Annual report of the Punjab Veterinary College and of the Civil Veterinary Department, Punjab - 1894-1908
Year: 1894
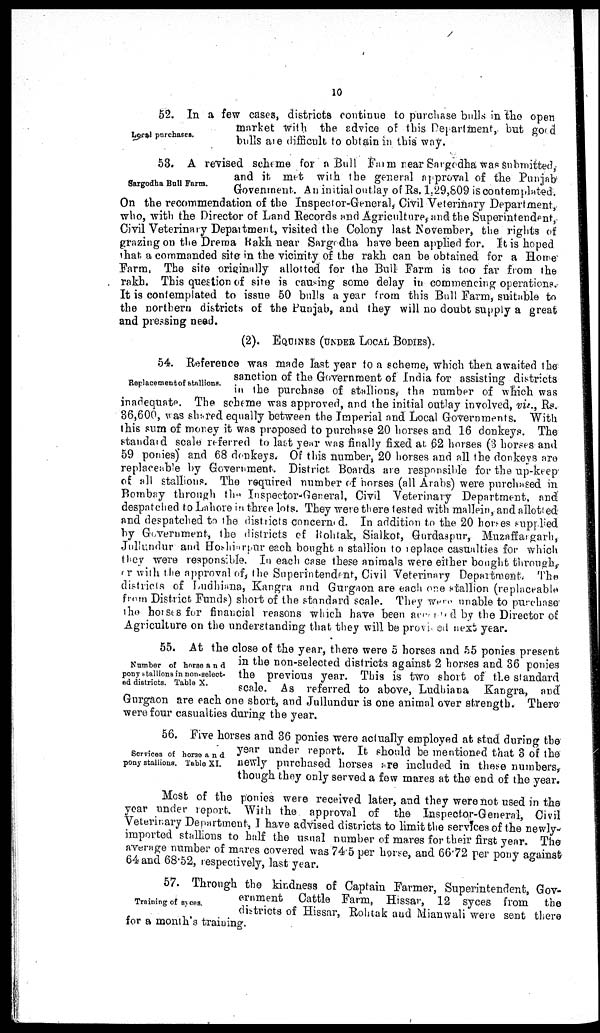
10
Local purchases.
52. In a few cases, districts continue to purchase bulls in the open
market with the advice of this Department, but good
bulls are difficult to obtain in this way.
Sargodha Ball Farm.
53. A revised scheme for a Bull Farm near Sargodha was submitted,
and it- met with the general approval of the Punjab
Govenment. An initial outlay of Rs. 1,29,809 is contemplated.
On the recommendation of the Inspector-General, Civil Veterinary Department,
who, with the Director of Land Records and Agriculture, and the Superintendent,
Civil Veterinary Department, visited the Colony last November, the rights of
grazing on the Drema Bakh near Sargedba have been applied for. It is hoped
that a commanded site in the vicinity of the rakh can be obtained for a Home
Farm, The site originally allotted for the Bull Farm is too far from the
rakh. This question of site is causing some delay in commencing operations.
It is contemplated to issue 50 bulls a year from this Bull Farm, suitable to
the northern districts of the Punjab, and they will no doubt supply a great
and pressing need.
(2). EQUINES (UNDER LOCAL BODIES).
Replacement of stallions.
54. Reference was made last year to a scheme, which then awaited the
sanction of the Government of India for assisting districts
in the purchase of stallions, the number of which was
inadequate. The scheme was approved, and the initial outlay involved, viz., Rs.
36,600, was shared equally between the Imperial and Local Governments. With
this sum of money it was proposed to purchase 20 horses and 16 donkeys. The
standard scale referred to last year was finally fixed at 62 horses (3 horses and
59 ponies) and 68 donkeys. Of this number, 20 horses and all the donkeys are
replaceable by Government. District Boards are responsible for the up-keep-
of all stallions. The required number of horses (all Arabs) were purchased in
Bombay through the Inspector-General, Civil Veterinary Department, and
despatched to Lahore in three lots. They were there tested with mallein, and allotted
and despatched to the districts concerned. In addition to the 20 horses supplied
by Government, the districts of Rohtak, Sialkot, Gurdaspur, Muzaffargarh,
Jullundur and Hoshirpur each bought a stallion to replace casualties for which
they were responsible. In each case these animals were either bought through.
or with the approval of, the Superintendent, Civil Veterinary Department. The
districts of Ludhiana, Kangra and Gurgaon are each one stallion (replaceable
from District Funds) short of the standard scale. They were unable to purchase
the horses for financial reasons which have been accupied by the Director of
Agriculture on the understanding that they will be provined next year.
Number of horse and
pony stallions in non-select-
ed districts. Table X.
55. At the close of the year, there were 5 horses and 55 ponies present
in the non-selected districts against 2 horses and 36 ponies
the previous year. This is two short of the standard
scale. As referred to above, Ludhiana Kangra, and
Gurgaon are each one short, and Jullundur is one animal over strength. There-
were four casualties during the year.
Services of borse and
pony stallions. Table XI.
56. Five horses and 36 ponies were actually employed at stud during the
year under report. It should be mentioned that 3 of the
newly purchased horses are included in these numbers,
though they only served a few mares at the end of the year.
Most of the ponies were received later, and they were not used in the
year under report. With the. approval of the Inspector-General, Civil
Veterinary Department, I have advised districts to limit the services of the newly-
imported stallions to half the usual number of mares for their first year. The
average number of mares covered was 74.5 per horse, and 66.72 per pony against
64 and 68.52, respectively, last year.
Training of syces.
57. Through the kindness of Captain Farmer, Superintendent, Gov-
ernment Cattle Farm, Hissar, 12 syces from the
districts of Hissar, Rohtak and Mianwali were sent there
for a month's training.